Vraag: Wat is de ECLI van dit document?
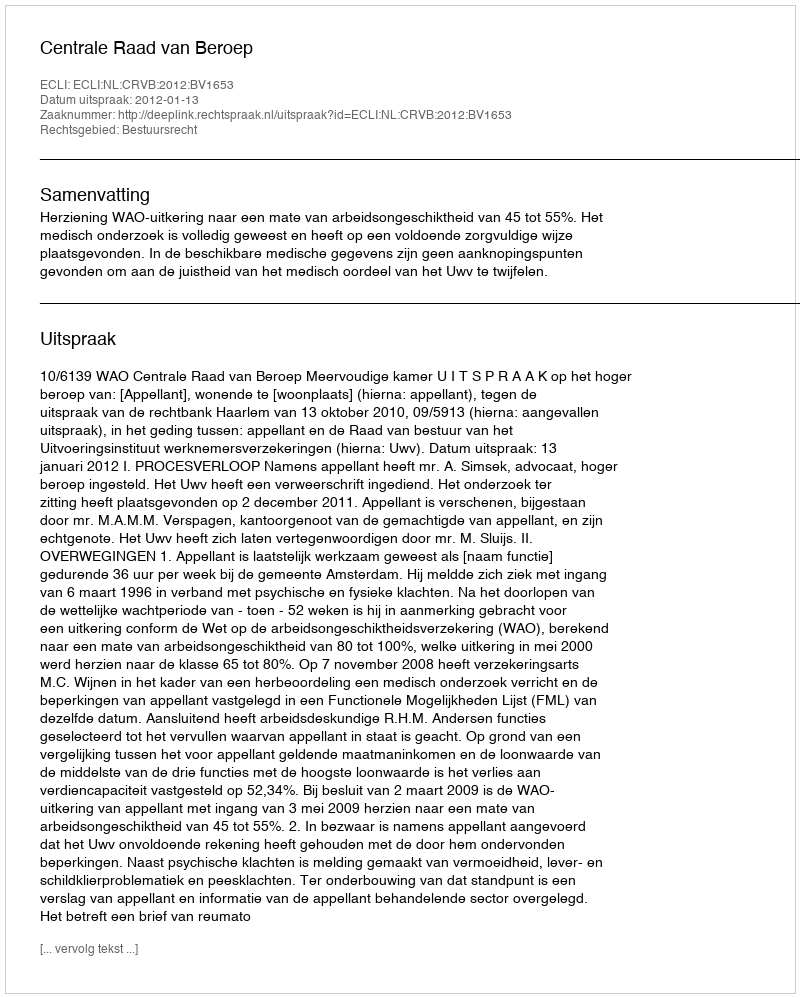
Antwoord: ECLI:NL:CRVB:2012:BV1653